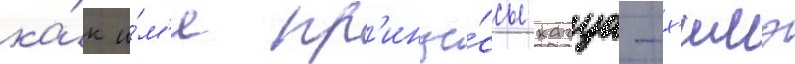
ка́к и́м'я пр'инце́ссы кагуа-х'имэ